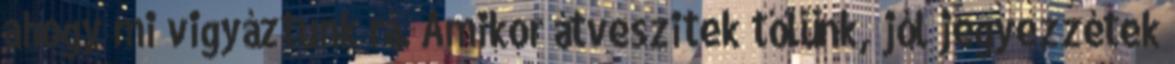
ahogy mi vigyáztunk rá. Amikor átveszitek tőlünk, jól jegyezzétek